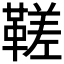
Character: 𩌢